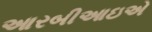
આરબીઆઇએ